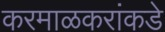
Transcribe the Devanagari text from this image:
करमाळकरांकडे